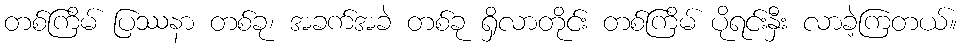
တစ်ကြိမ် ပြဿနာ တစ်ခု၊ အခက်အခဲ တစ်ခု ရှိလာတိုင်း တစ်ကြိမ် ပိုရင်းနှီး လာခဲ့ကြတယ်။